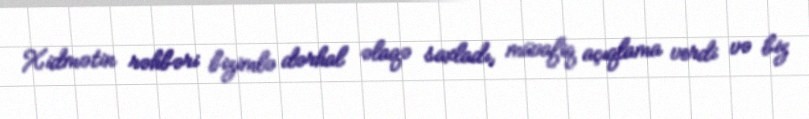
Xidmətin rəhbəri bizimlə dərhal əlaqə saxladı, müvafiq açıqlama verdi və biz